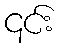
၎င်း